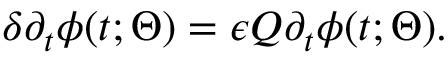
\delta \partial _ { t } \phi ( t ; \Theta ) = \epsilon Q \partial _ { t } \phi ( t ; \Theta ) .